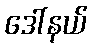
ဒေါ်နယ်